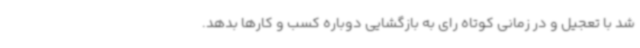
شد با تعجیل و در زمانی کوتاه رای به بازگشایی دوباره کسب و کارها بدهد.